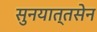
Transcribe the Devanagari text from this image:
सुनयात्तसेन